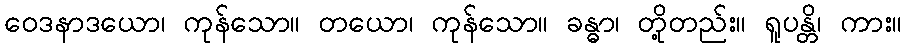
ဝေဒနာဒယော၊ ကုန်သော။ တယော၊ ကုန်သော။ ခန္ဓာ၊ တို့တည်း။ ရူပန္တိ၊ ကား။